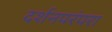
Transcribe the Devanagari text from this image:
दर्शनपरंपरा